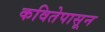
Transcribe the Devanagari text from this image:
कवितेपासून